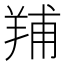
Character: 𦎎